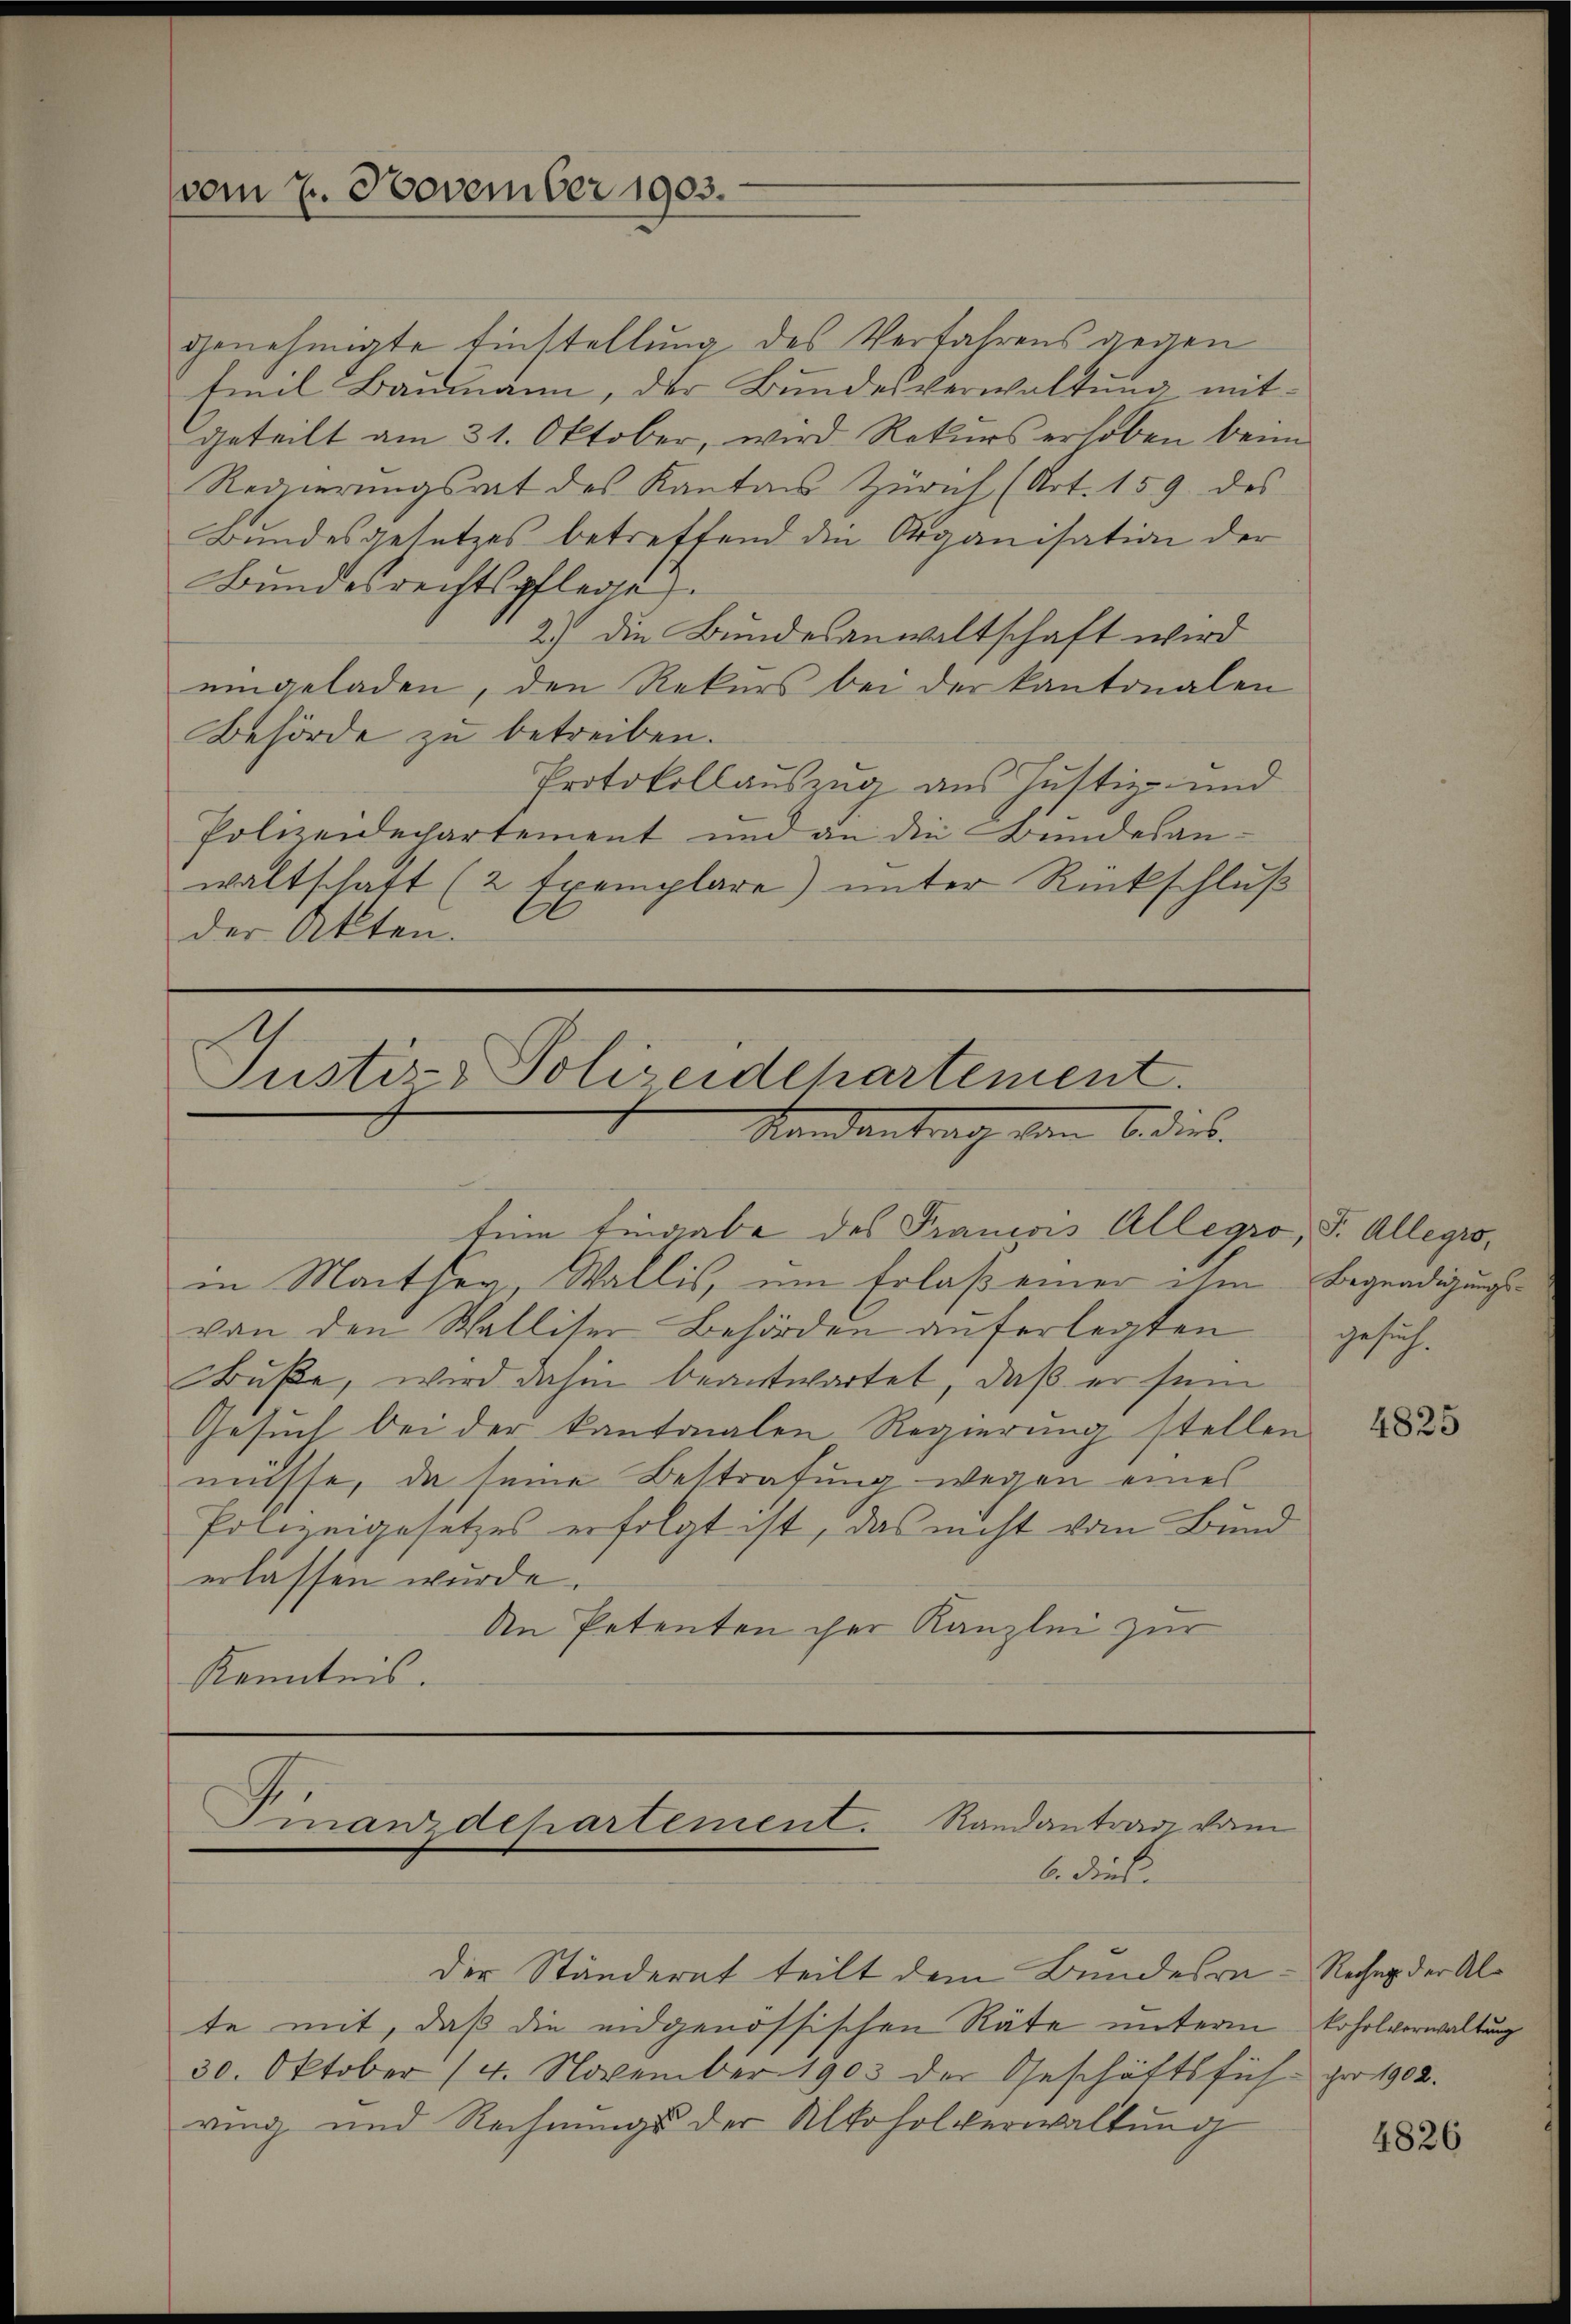
vom 2. November 1903.

genehmigte Einstellung des Verfahrens gegen
Emil Baumann, der Bundesverwaltung mitgeteilt am 31. Oktober, wird Rekurs erhoben beim
Regierungsrat des Kanton Zürich (Art. 159 des
Bundesgesetzes betreffend die Organisation der
Bundesrechtspflege
2.) Die Bundesanwaltschaft wird
eingeladen, den Rekurs bei der Kantonalen
Behörde zu betreiben.
Protokollauszug aus Justiz- und
Polizeidechartement und an die Bundesan-
waltschaft (2 Exemplare) unter Rückschluß
der Akten.

Justiz- Polizeidehartement.
Randantrag von 6. dies

sem Eingabe des Francois Allegro, F. Allegio,
in Marther, Wallis, um Erlaß einer ihm Begnadigungsvon den Walliser Behörden auferlegten
Buße, wird dahin beantwortet, daß er sein
Gesuch bei der kantonalen Regierung stellen
müsse, da seine Bestrafung wegen eines
Polizeigesetzes erfolgt ist, das nicht vom Bund
erlassen wurde.
An Petenten cher Kanzlei zur
Kenntnis.

te mit, daß die eidgenössischen Räte unterm koholverwaltung
30. Oktober 14. November 1903 der Geschäftsfüh- pro 1902.
ring und Rechnungs der Alkoholverwaltung

Finanzdehartement. Randantrag vom
b. diese
der Ständerat teilt dem Bundesra- Rechen der Al¬

gesich.

4825

4826